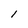
Character: l